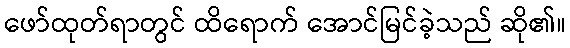
ဖော်ထုတ်ရာတွင် ထိရောက် အောင်မြင်ခဲ့သည် ဆို၏။